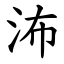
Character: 㳍